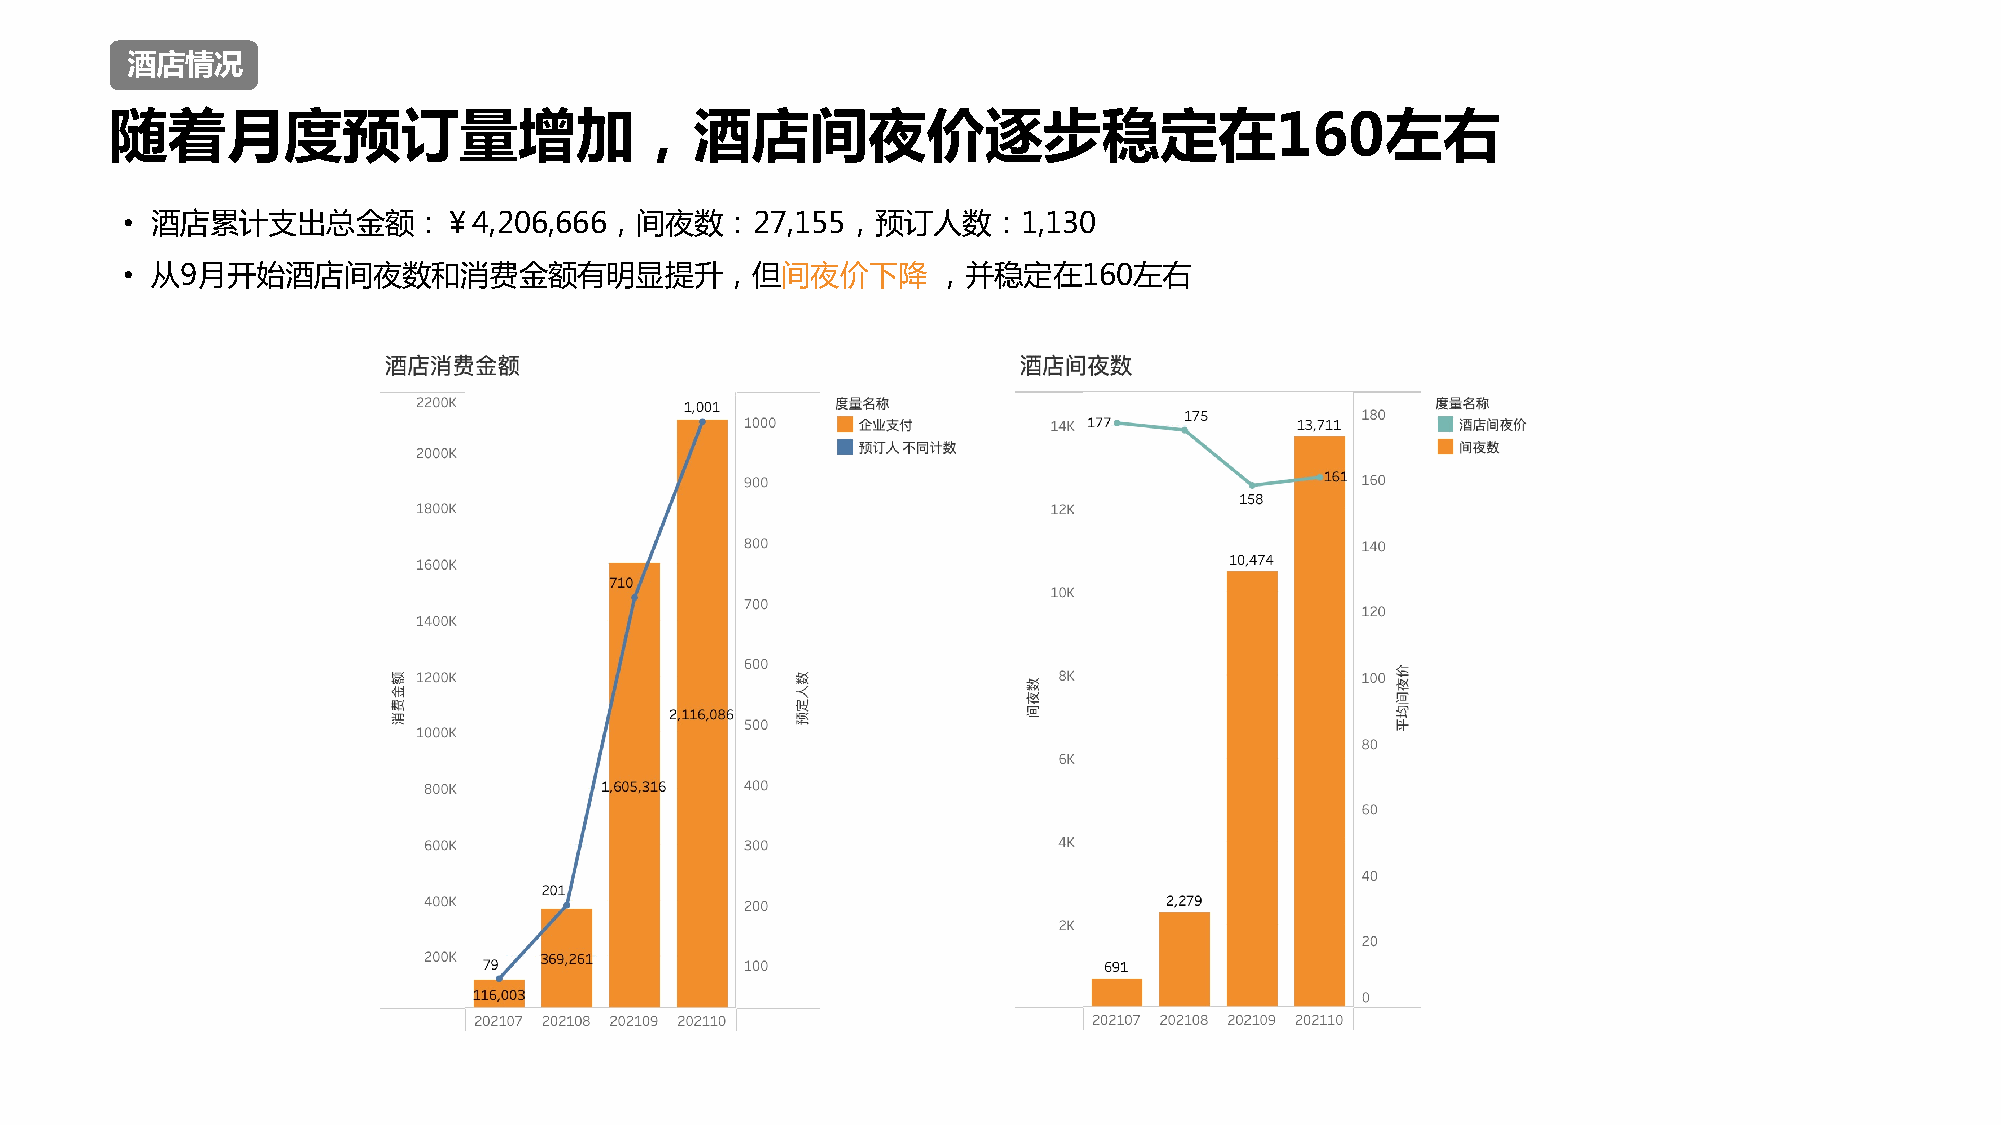
酒店情况
 随着月度预订量增加，酒店间夜价逐步稳定在160左右
 • 酒店累计支出总金额：￥4,206,666，间夜数：27,155，预订人数：1,130
 • 从9月开始酒店间夜数和消费金额有明显提升，但间夜价下降                         ，并稳定在160左右